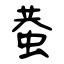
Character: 蛬